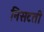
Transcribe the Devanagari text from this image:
निसटती